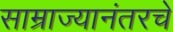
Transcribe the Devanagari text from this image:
साम्राज्यानंतरचे